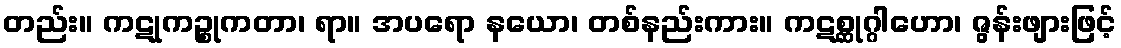
တည်း။ ကဋုကဉ္စုကတာ၊ ရာ။ အပရော နယော၊ တစ်နည်းကား။ ကဋစ္ဆုဂ္ဂါဟော၊ ဇွန်းဖျားဖြင့်